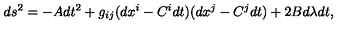
d s ^ { 2 } = - A d t ^ { 2 } + g _ { i j } ( d x ^ { i } - C ^ { i } d t ) ( d x ^ { j } - C ^ { j } d t ) + 2 B d \lambda d t ,